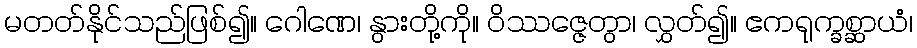
မတတ်နိုင်သည်ဖြစ်၍။ ဂေါဏေ၊ နွားတို့ကို။ ဝိဿဇ္ဇေတွာ၊ လွှတ်၍။ ဧကရုက္ခစ္ဆာယံ၊